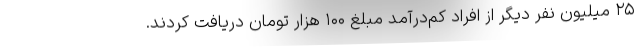
۲۵ میلیون نفر دیگر از افراد کم‌درآمد مبلغ ۱۰۰ هزار تومان دریافت کردند.